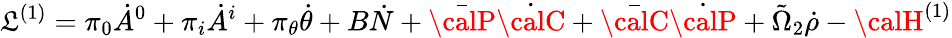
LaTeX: {\cal\mathfrak{L}}^{(1)}=\pi_{0}\dot{{A}}^{0}+\pi_{i}\dot{{A}}^{i}+\pi_{\theta}\dot{{\theta}}+B\dot{{N}}+\bar{{\calP}}\dot{{\calC}}+\bar{{\calC}}\dot{{\calP}}+\tilde{{\Omega}}_{2}\dot{{\rho}}-{\calH}^{(1)}